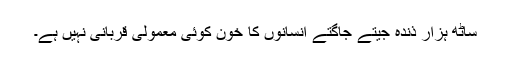
ساٹھ ہزار ذندہ جیتے جاگتے انسانوں کا خون کوئی معمولی قربانی نہیں ہے۔